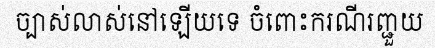
ច្បាស់លាស់នៅឡើយទេ ចំពោះករណីរញ្ជួយ